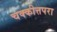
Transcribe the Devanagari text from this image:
चक्कीत्तपरा